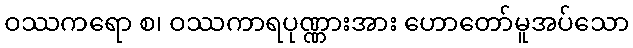
ဝဿကရော စ၊ ဝဿကာရပုဏ္ဏားအား ဟောတော်မူအပ်သော